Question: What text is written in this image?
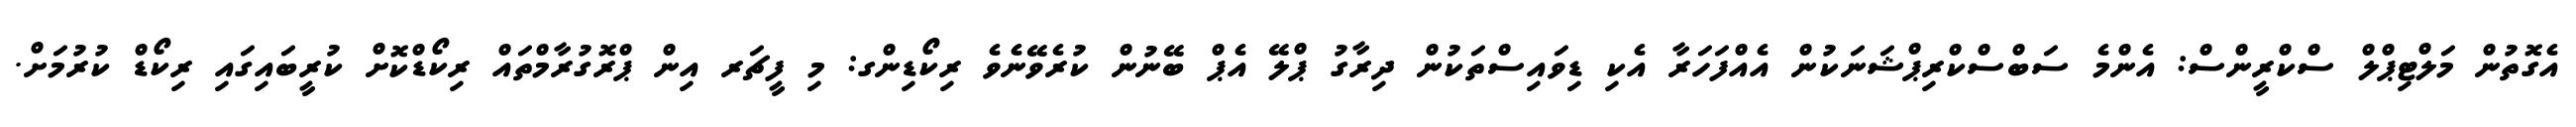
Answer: އެގޮތުން މަލްޓިޕްލް ސްކްރީންސް: އެންމެ ސަބްސްކްރިޕްޝަނަކުން އެއްފަހަރާ އެކި ޑިވައިސްތަކުން ދިރާގު ޕްލޭ އެޕް ބޭނުން ކުރެވޭނެވެ ރިކޯޑިންގ: މި ފީޗަރ އިން ޕްރޮގުރާމްތައް ރިކޯޑްކޮށް ކުރީބައިގައި ރިކޯޑް ކުރުމަށް.